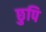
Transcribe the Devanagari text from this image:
छुपि